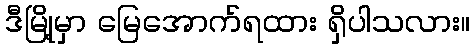
ဒီမြို့မှာ မြေအောက်ရထား ရှိပါသလား။